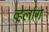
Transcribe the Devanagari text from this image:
व्हेर्लाग